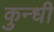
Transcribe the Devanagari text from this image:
कुन्धी